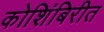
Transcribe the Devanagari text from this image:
कोशिंबिरीत